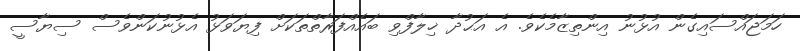
ހަމަޖައްސައިގެން އުޅުނު އިންތިޒާމެކެވެ. އެ އަޙުދާ ޚިލާފްވި ބައެއްފަރާތްތަކަށް ފިޔަވަޅު އެޅުނުކަންވެސް ސިޔާސީ